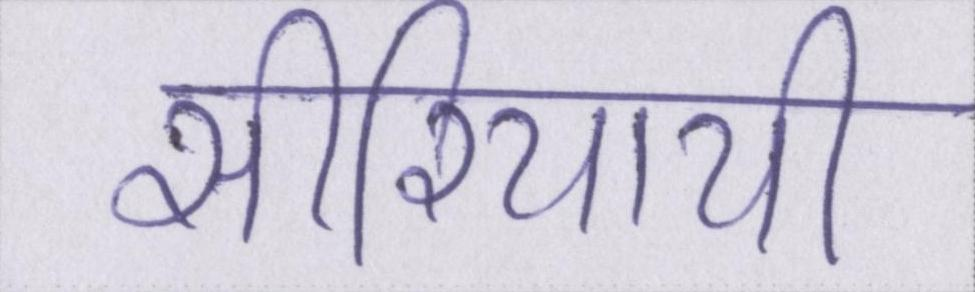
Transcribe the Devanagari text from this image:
सीरियायी